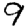
Digit: 9